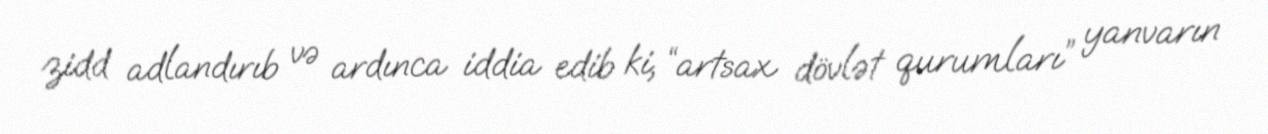
zidd adlandırıb və ardınca iddia edib ki, “artsax dövlət qurumları” yanvarın